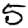
Digit: 5